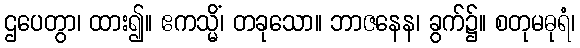
ဌပေတွာ၊ ထား၍။ ဧကသ္မိံ၊ တခုသော။ ဘာဇနေန၊ ခွက်၌။ စတုမဓုရံ၊